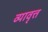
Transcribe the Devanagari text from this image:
व्यावृत्त